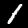
Label: 1